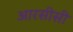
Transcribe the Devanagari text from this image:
आरसीसी